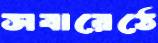
সবারেঠে